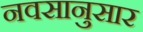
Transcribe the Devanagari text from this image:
नवसानुसार